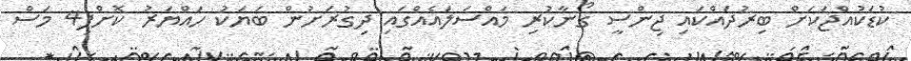
ކުޑަކުއްޖަކަށް ބިރުދައްކައި ޖިންސީ ގޯނާކުރި މައްސަލައެއްގައި ދިގުރަށުން ބަޔަކު ހައްޔަރު ކޮށްފި4 މަސް